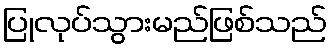
ပြုလုပ်သွားမည်ဖြစ်သည်